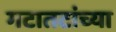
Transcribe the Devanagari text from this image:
गटातटांच्या